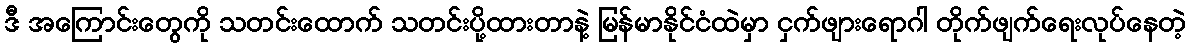
ဒီ အကြောင်းတွေကို သတင်းထောက် သတင်းပို့ထားတာနဲ့ မြန်မာနိုင်ငံထဲမှာ ငှက်ဖျားရောဂါ တိုက်ဖျက်ရေးလုပ်နေတဲ့